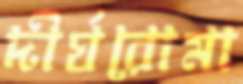
দীর্ঘরোমা